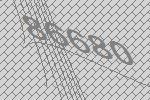
86680